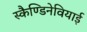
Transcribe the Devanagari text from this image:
स्कैण्डिनेवियाई